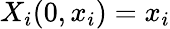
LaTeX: X_{i}(0,x_{i})=x_{i}